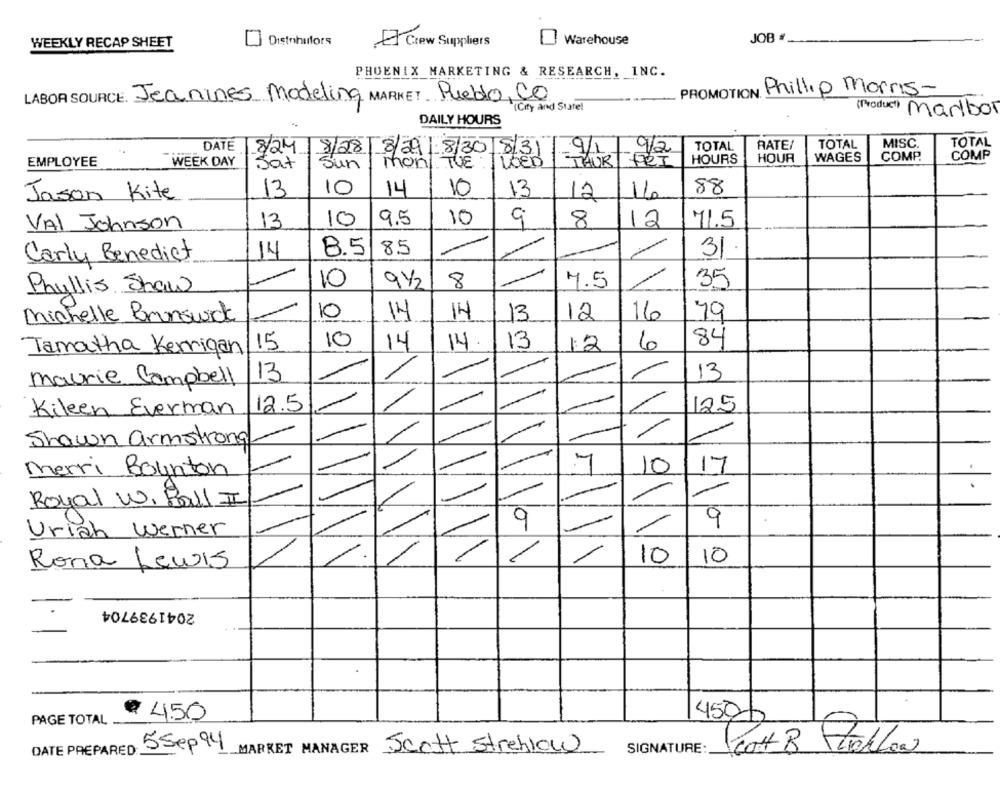
Warehouse
JOB
WEEKLY RECAP SHEET
Crew Suppliers
PHOENIX MARKETING & RESEARCH, INC.
PROMOTION Phillip Morris-
LABOR SOURCE. Jeanines Modeling MARKET. Pueblo, CO
(City and State!
(Product) Marlbor
DAILY HOURS
9/1
9/2
TOTAL
RATE/
TOTAL
MISC
TOTAL
DATE 8/24 8/28 8/29 :8/30 8/31
HOUR
WAGES
COMP.
COMP
EMPLOYEE
WEEK DAY
Sat
Sun
mon
TUE I USED
TAUR
FRI
HOURS
10
10
88
Jason Kite
13
14
13
12
16
9.5
10
9
VAI Johnson
13
10
8
12
71.5
8.5
8.5
31.
Carly Benedict
14
10
9/2
8
4.5
35
Phyllis Shaw
Michelle Brunswick
10
14
14
13
12
16
79
15
10
14
14
13
12
6
84
Tamatha Kerrigan
1
13
13
maurie Campbell
Kileen Everman
12.5
125
Shawn armstrong
4
17
Merri Boynton
10
-
Royal W. Ball II
9
-
9
Uriah Werner
1
10
10
Roma Lewis
2041939704
PAGE TOTAL
€ 4.50
450/
DATE PREPARED
5Sep 94
MARKET MANAGER Scott Streblow
SIGNATURE :_
Scott 8 StekLow